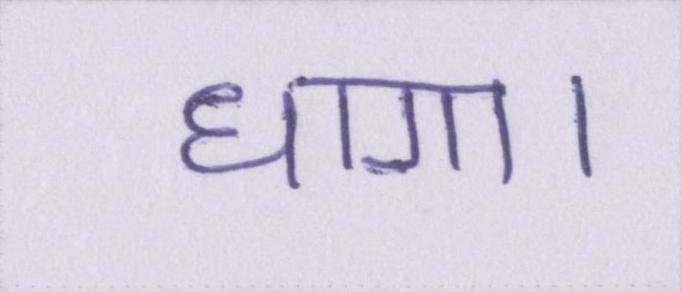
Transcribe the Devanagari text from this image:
धागा।